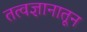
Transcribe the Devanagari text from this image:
तत्वज्ञानातून